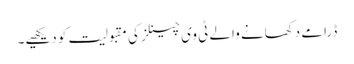
ڈرامے دکھانے والے ٹی وی چینلز کی مقبولیت کو دیکھیے۔